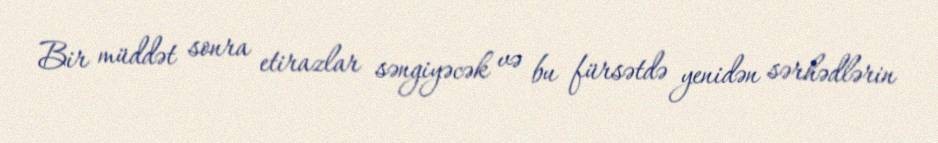
Bir müddət sonra etirazlar səngiyəcək və bu fürsətdə yenidən sərhədlərin